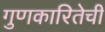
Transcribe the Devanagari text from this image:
गुणकारितेची